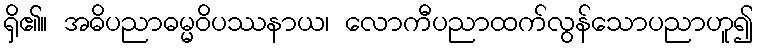
ရှိ၏။ အဓိပညာဓမ္မဝိပဿနာယ၊ လောကီပညာထက်လွန်သောပညာဟူ၍